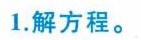
1.解方程.